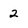
Character: 2